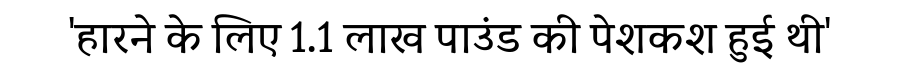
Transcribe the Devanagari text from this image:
'हारने के लिए 1.1 लाख पाउंड की पेशकश हुई थी'